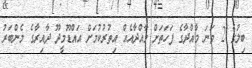
ބިލުގެ 2 ވަނަ މާއްދާގެ ފަހަތަށް މާއްދާއެއް އިތުރުކުމަށް އައްޑޫމީދޫ ދާއިރާގެ މެންބަރު